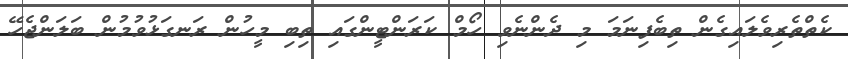
ކެތްތެރިވެލައިގެން ތިބެފިނަމަ މި ދެންނެވި ހޯމް ކަރަންޓީންގައި ތިބި މީހުން ރަނގަޅުވުމުން ބަލަންޖެހޭ